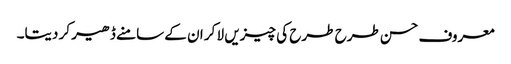
معروف حسن طرح طرح کی چیزیں لا کر ان کے سامنے ڈھیر کر دیتا۔